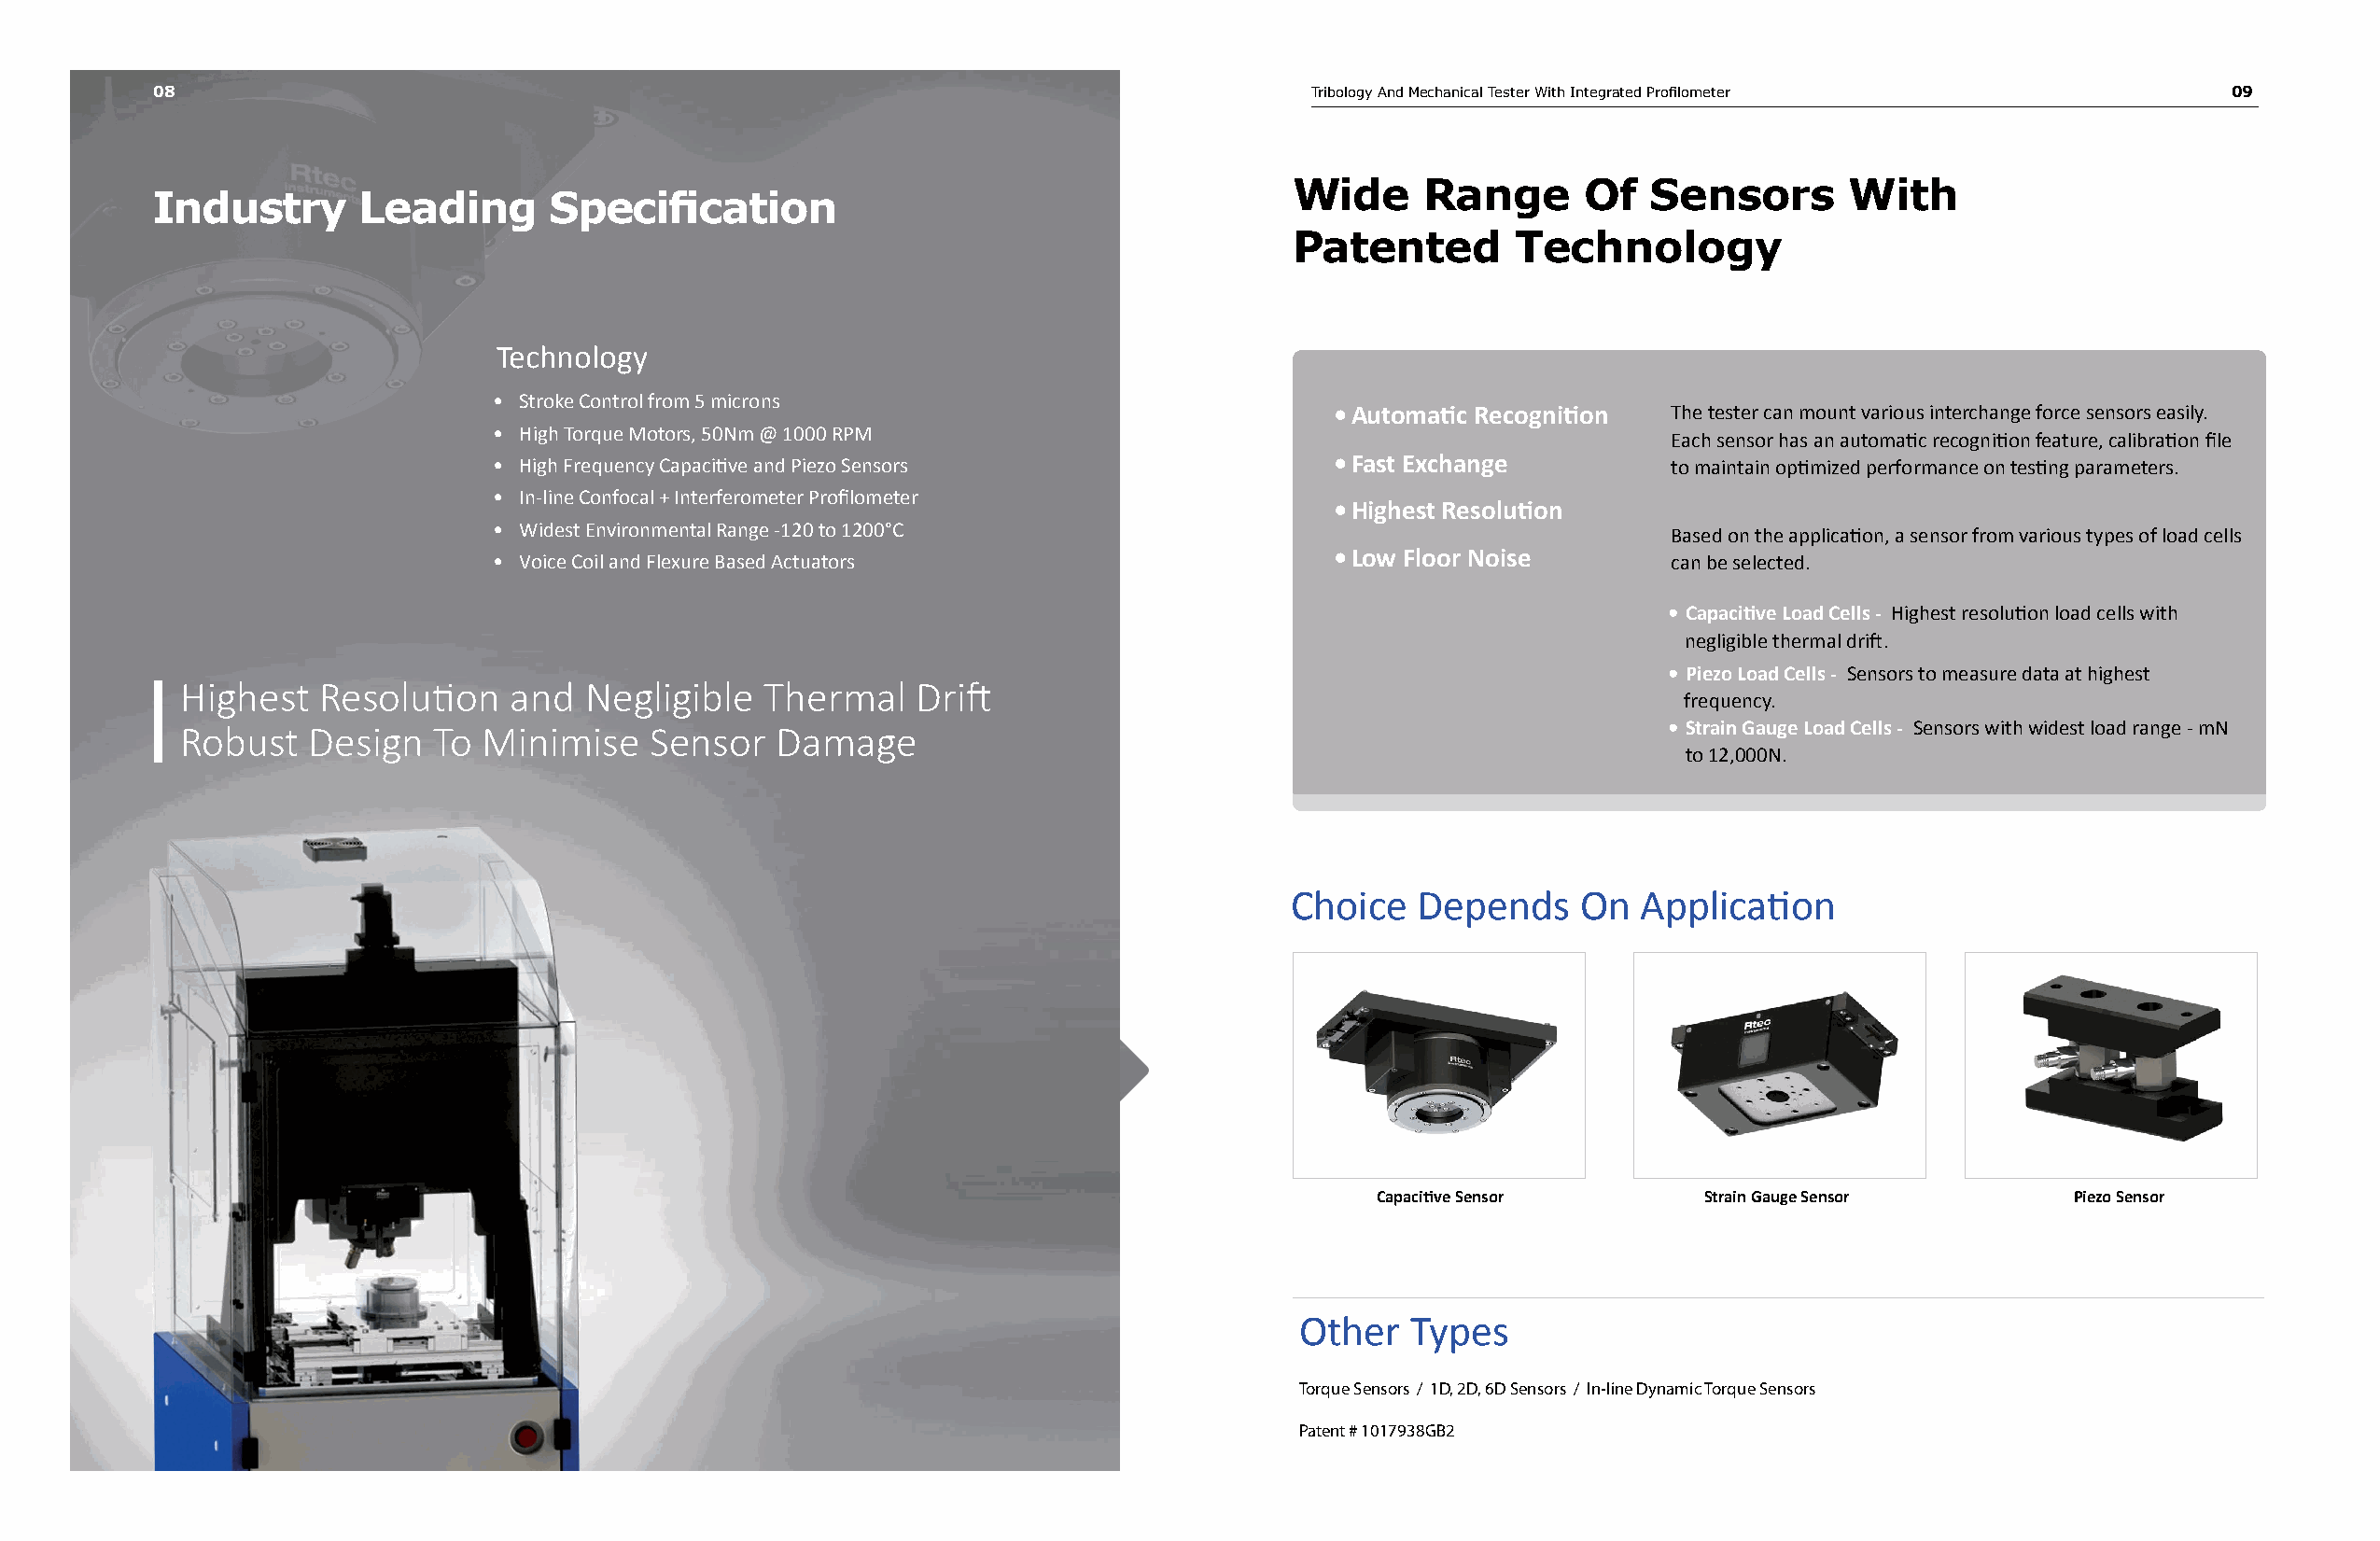
08                                                                                Tribology And Mechanical Tester With Integrated Profilometer     09
 Wide     Range      Of   Sensors       With
 Industry      Leading       Specification
 Patented       Technology
 Technology
 • Stroke Control from 5 microns
 • Automatic Recognition The tester can mount various interchange force sensors easily.
 • High Torque Motors, 50Nm @ 1000 RPM
 Each sensor has an automatic recognition feature, calibration file
 • High Frequency Capacitive and Piezo Sensors               • Fast Exchange         to maintain optimized performance on testing parameters.
 • In-line Confocal + Interferometer Profilometer
 • Highest Resolution
 • Widest Environmental Range -120 to 1200°C
 Based on the application, a sensor from various types of load cells
 • Low Floor Noise
 • Voice Coil and Flexure Based Actuators                                            can be selected.
 • Capacitive Load Cells - Highest resolution load cells with
 negligible thermal drift.
 • Piezo Load Cells - Sensors to measure data at highest
 Highest   Resolution   and  Negligible   Thermal    Drift
 frequency.
 Robust   Design   To Minimise    Sensor   Damage                                                         • Strain Gauge Load Cells - Sensors with widest load range - mN
 to 12,000N.
 Choice   Depends    On  Application
 Capacitive Sensor      Strain Gauge Sensor       Piezo Sensor
 Other   Types
 Torque Sensors / 1D, 2D, 6D Sensors / In-line Dynamic Torque Sensors
 Patent # 1017938GB2